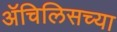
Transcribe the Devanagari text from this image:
ॲचिलिसच्या